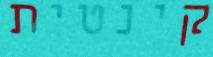
קינטית